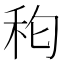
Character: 𮂵